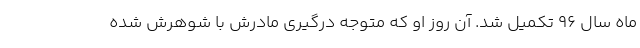
‌ماه سال ۹۶ تکمیل شد. آن روز او که متوجه درگیری مادرش با شوهرش شده